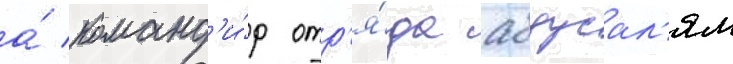
а́ команд'и́р отр'я́да абдусал'ям